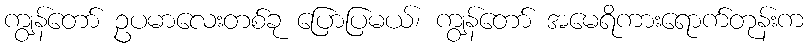
ကျွန်တော် ဥပမာလေးတစ်ခု ပြောပြမယ်၊ ကျွန်တော် အမေရိကားရောက်တုန်းက